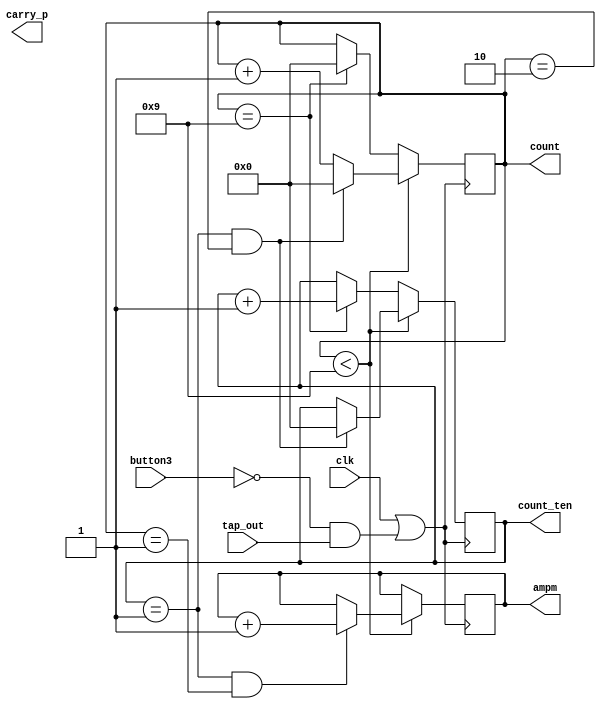
module mod_24_re_counter(clk, count_ten, count, carry_p, button3,tap_out,ampm);
    output reg [3:0] count;
	 output reg [3:0] count_ten;
	 output reg carry_p;
	 output reg ampm;
	 
	 input clk, button3;
	 input [1:0] tap_out;
	 wire clk_button;
	 assign clk_button = (clk || (!button3 && tap_out));

	 always@(posedge clk_button)
	 begin

		 if(count <9)
			begin
				count <= count +1;
				if(count_ten==1 && count ==1)
					begin
					
						ampm <=ampm +1;
					end
				
				if(count_ten == 1&& count ==2) //12 
					begin
						count <= 0;
						count_ten <=0;
					end
				
			end
		 else if(count == 9)
			begin
				count <=0;
				count_ten <= count_ten +1;
			end
		 end
	   
	 
endmodule